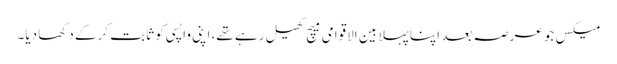
میکس جو عرصہ بعد اپنا پہلا بین الاقوامی میچ کھیل رہے تھے، اپنی واپسی کو ثابت کرکے دکھا دیا۔